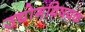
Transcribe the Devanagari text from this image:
उद्योगविषयक